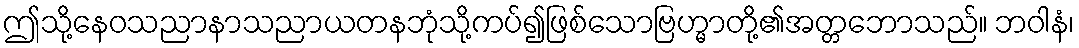
ဤသို့နေဝသညာနာသညာယတနဘုံသို့ကပ်၍ဖြစ်သောဗြဟ္မာတို့၏အတ္တဘောသည်။ ဘဝါနံ၊